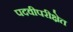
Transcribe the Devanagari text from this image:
पदवीपरीक्षेत